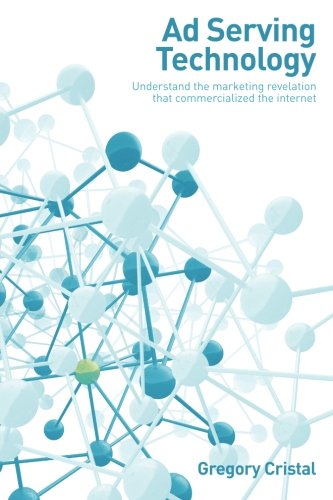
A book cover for Ad Serving Technology: Understand the marketing revelation that commercialized the Internet; Gregory Cristal; Computers & Technology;